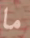
ما